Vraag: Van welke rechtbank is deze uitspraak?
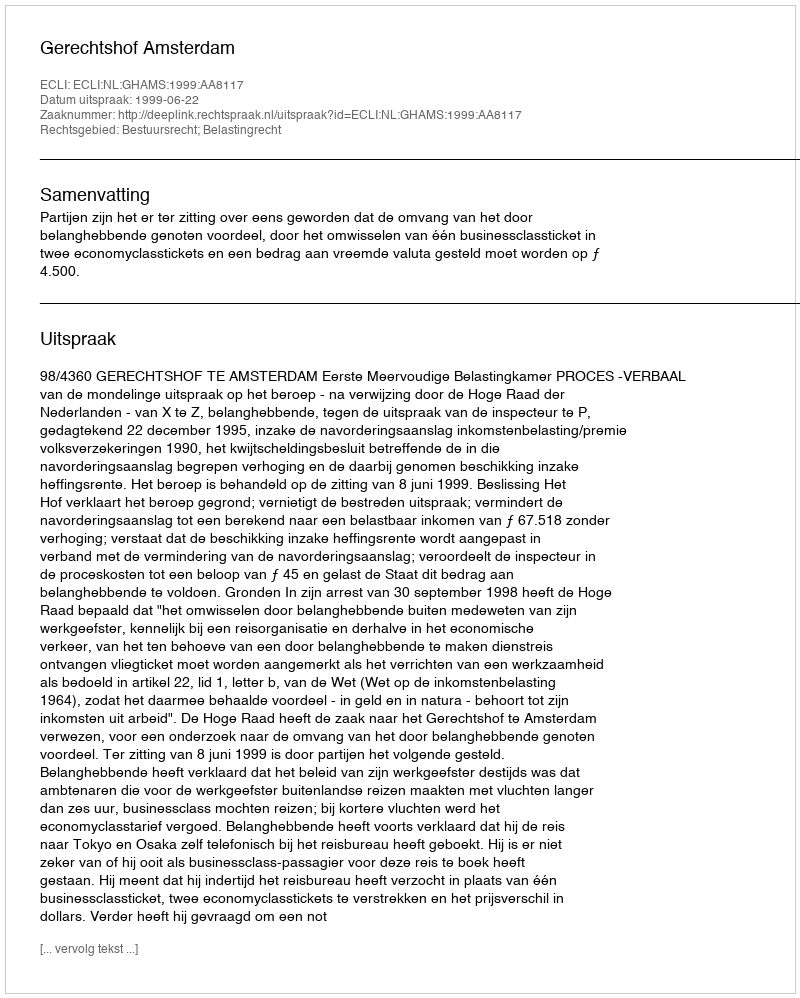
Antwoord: Gerechtshof Amsterdam